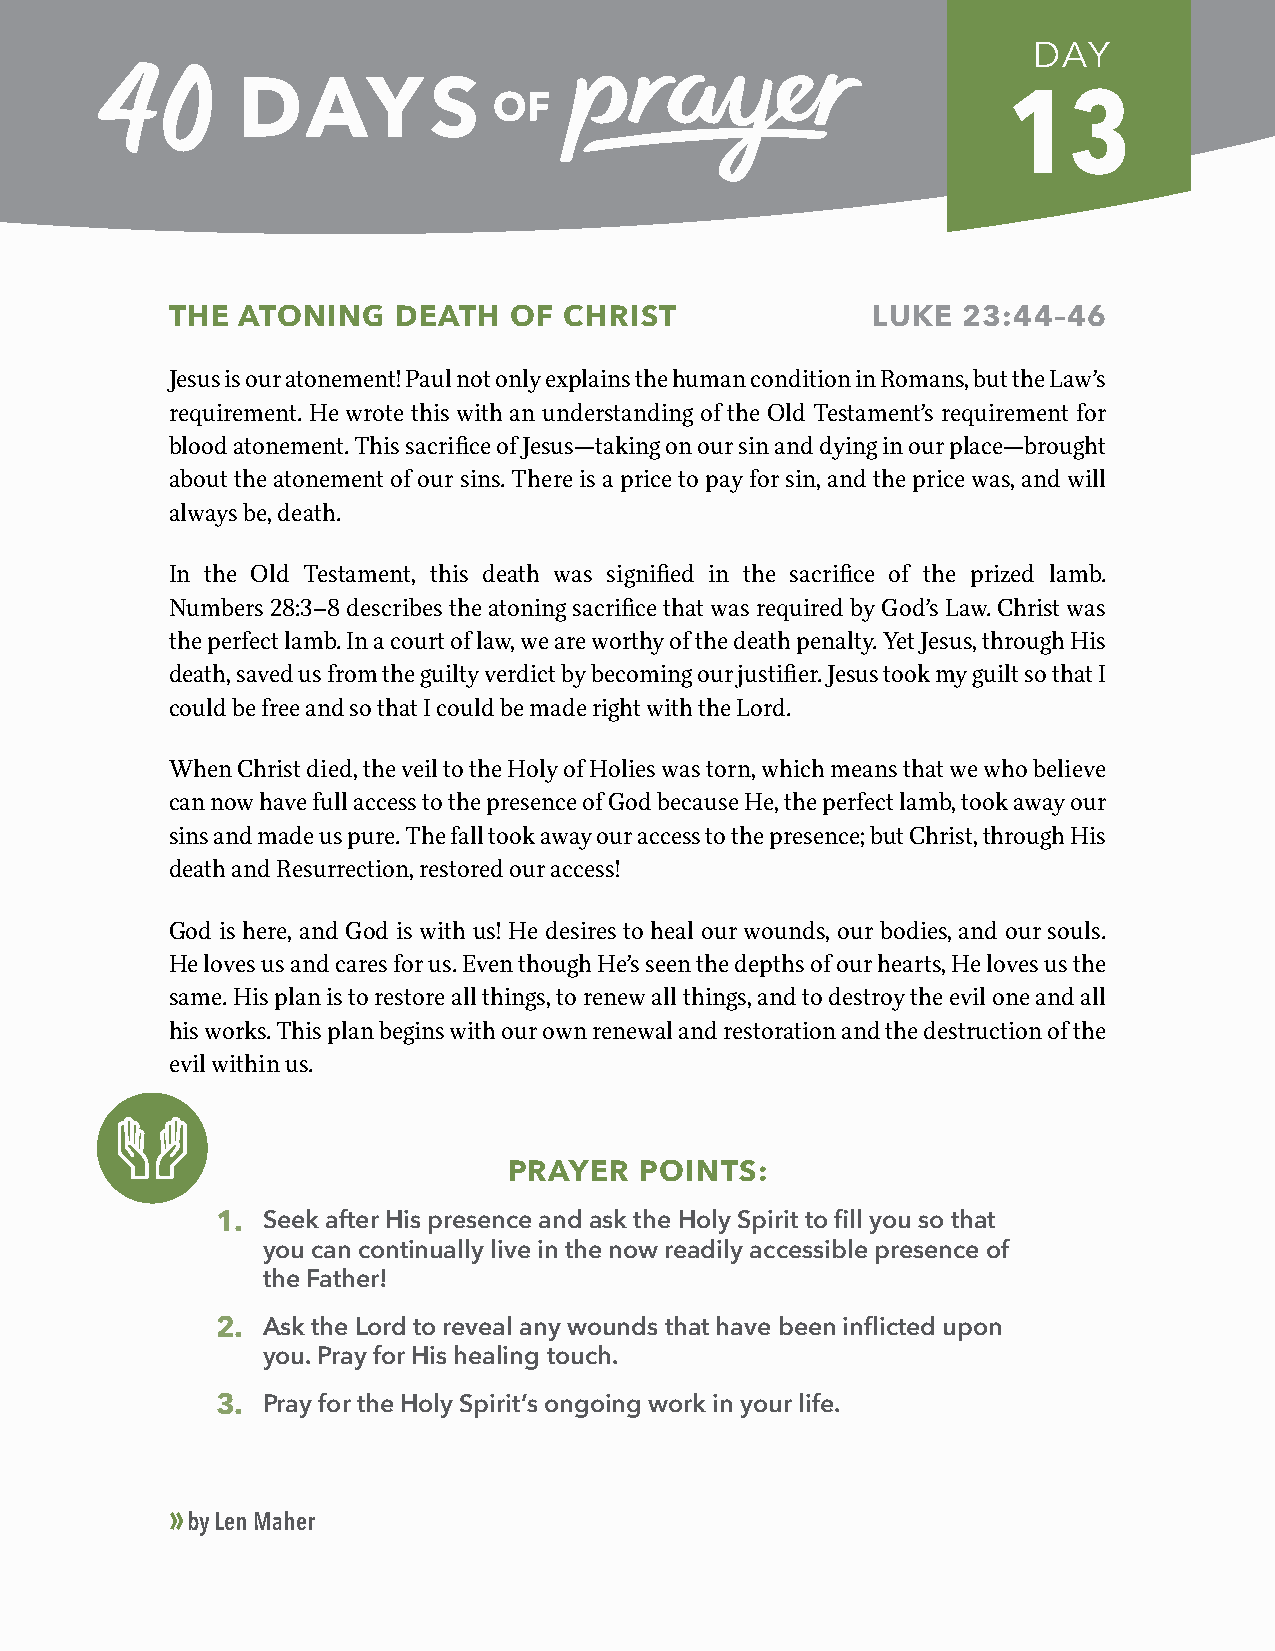
DAY
 13
 THE  ATONING   DEATH   OF CHRIST               LUKE  23:44–46
 Jesus is our atonement! Paul not only explains the human condition in Romans, but the Law’s
 requirement. He wrote this with an understanding of the Old Testament’s requirement for
 blood atonement. This sacrifice of Jesus—taking on our sin and dying in our place—brought
 about the atonement of our sins. There is a price to pay for sin, and the price was, and will
 always be, death.
 In the Old Testament, this death was signified in the sacrifice of the prized lamb.
 Numbers 28:3–8 describes the atoning sacrifice that was required by God’s Law. Christ was
 the perfect lamb. In a court of law, we are worthy of the death penalty. Yet Jesus, through His
 death, saved us from the guilty verdict by becoming our justifier. Jesus took my guilt so that I
 could be free and so that I could be made right with the Lord.
 When Christ died, the veil to the Holy of Holies was torn, which means that we who believe
 can now have full access to the presence of God because He, the perfect lamb, took away our
 sins and made us pure. The fall took away our access to the presence; but Christ, through His
 death and Resurrection, restored our access!
 God is here, and God is with us! He desires to heal our wounds, our bodies, and our souls.
 He loves us and cares for us. Even though He’s seen the depths of our hearts, He loves us the
 same. His plan is to restore all things, to renew all things, and to destroy the evil one and all
 his works. This plan begins with our own renewal and restoration and the destruction of the
 evil within us.
 PRAYER  POINTS:
 1. Seek after His presence and ask the Holy Spirit to fill you so that
 you can continually live in the now readily accessible presence of
 the Father!
 2. Ask the Lord to reveal any wounds that have been inflicted upon
 you. Pray for His healing touch.
 3. Pray for the Holy Spirit’s ongoing work in your life.
 »
 by Len Maher